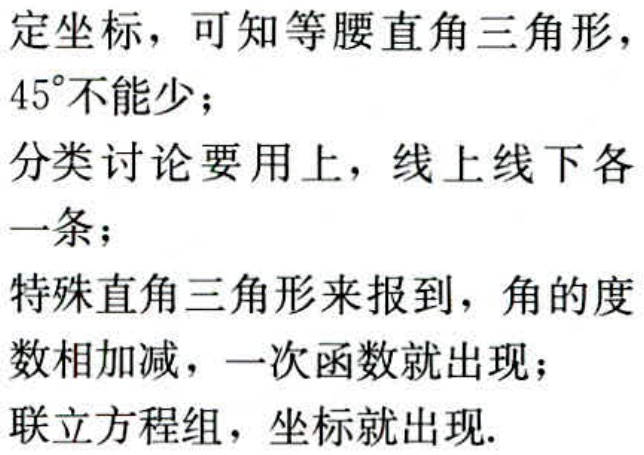
定坐标，可知等腰直角三角形，
$45^{\circ}$不能少；
分类讨论要用上，线上线下各
一条；
特殊直角三角形来报到，角的度
数相加减，一次函数就出现；
联立方程组，坐标就出现.